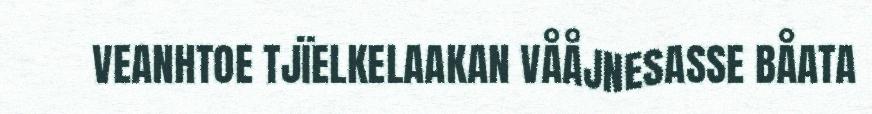
VEANHTOE TJÏELKELAAKAN VÅÅJNESASSE BÅATA